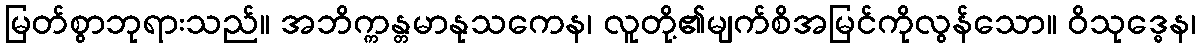
မြတ်စွာဘုရားသည်။ အဘိက္ကန္တမာနုသကေန၊ လူတို့၏မျက်စိအမြင်ကိုလွန်သော။ ဝိသုဒ္ဓေန၊